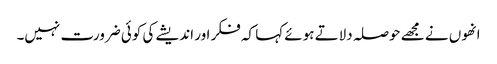
انھوں نے مجھے حوصلہ دلاتے ہوئے کہا کہ فکر اور اندیشے کی کوئی ضرورت نہیں۔